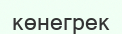
көнегрек